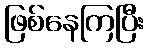
ဖြစ်နေကြပြီး